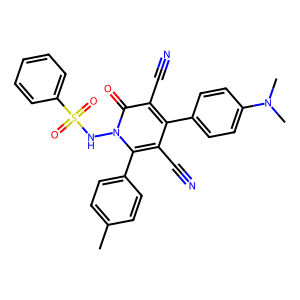
SMILES: Cc1ccc(-c2c(C#N)c(-c3ccc(N(C)C)cc3)c(C#N)c(=O)n2NS(=O)(=O)c2ccccc2)cc1
Inhibits HIV replication: No